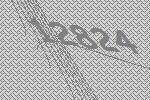
12824